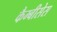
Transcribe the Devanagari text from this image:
कैम्बीसेस